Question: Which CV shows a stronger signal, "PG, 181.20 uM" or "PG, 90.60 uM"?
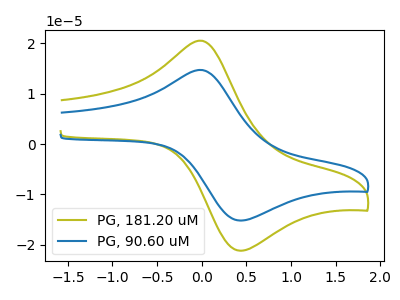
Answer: <think>The olive curve "PG, 181.20 uM" has an anodic peak at (0.00V, 20.55uA) and a cathodic peak at (0.45V, -21.20uA). The blue curve "PG, 90.60 uM" has an anodic peak at (0.00V, 14.70uA) and a cathodic peak at (0.45V, -15.20uA).
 All the peaks in "PG, 181.20 uM" have a peak in "PG, 90.60 uM" at the same potential. Every peak in "PG, 181.20 uM" is higher than every peak in "PG, 90.60 uM".</think>
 <answer>"PG, 181.20 uM" has more signal than "PG, 90.60 uM".</answer>
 <eval>more_signal</eval>